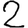
Digit: 2